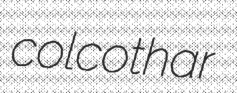
colcothar